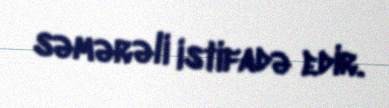
səmərəli istifadə edir.